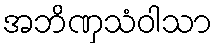
အဘိဏှသံဝါသာ